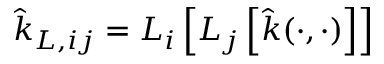
\hat { k } _ { L , i j } = L _ { i } \left[ L _ { j } \left[ \hat { k } ( \cdot , \cdot ) \right] \right]